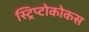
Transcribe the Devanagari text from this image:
स्ट्रिप्टोकोकस